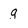
Character: g